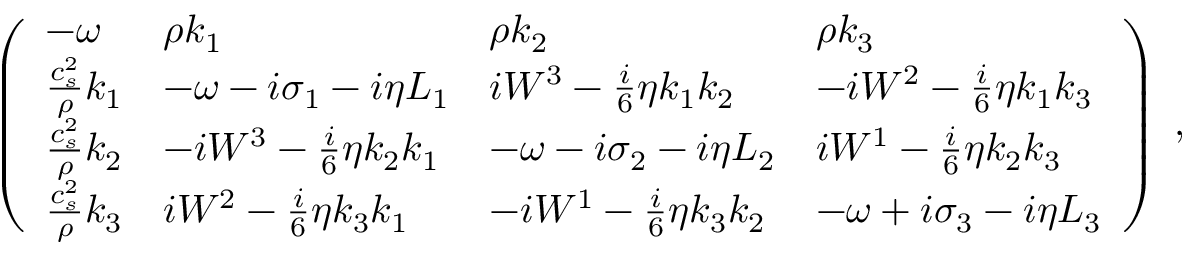
\left( \begin{array} { l l l l } { - { \omega } } & { \rho k _ { 1 } } & { \rho k _ { 2 } } & { \rho k _ { 3 } } \\ { \frac { c _ { s } ^ { 2 } } { \rho } k _ { 1 } } & { - { \omega } - i \sigma _ { 1 } - i \eta L _ { 1 } } & { i W ^ { 3 } - \frac { i } { 6 } \eta k _ { 1 } k _ { 2 } } & { - i W ^ { 2 } - \frac { i } { 6 } \eta k _ { 1 } k _ { 3 } } \\ { \frac { c _ { s } ^ { 2 } } { \rho } k _ { 2 } } & { - i W ^ { 3 } - \frac { i } { 6 } \eta k _ { 2 } k _ { 1 } } & { - { \omega } - i \sigma _ { 2 } - i \eta L _ { 2 } } & { i W ^ { 1 } - \frac { i } { 6 } \eta k _ { 2 } k _ { 3 } } \\ { \frac { c _ { s } ^ { 2 } } { \rho } k _ { 3 } } & { i W ^ { 2 } - \frac { i } { 6 } \eta k _ { 3 } k _ { 1 } } & { - i W ^ { 1 } - \frac { i } { 6 } \eta k _ { 3 } k _ { 2 } } & { - { \omega } + i \sigma _ { 3 } - i \eta L _ { 3 } } \end{array} \right) \; ,